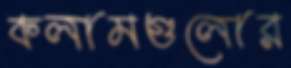
কলামগুলোর